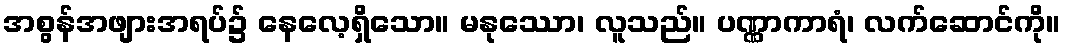
အစွန်အဖျားအရပ်၌ နေလေ့ရှိသော။ မနုဿော၊ လူသည်။ ပဏ္ဏာကာရံ၊ လက်ဆောင်ကို။